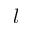
l